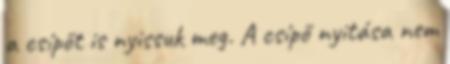
a csípőt is nyissuk meg. A csípő nyitása nem